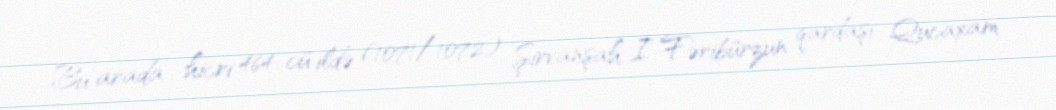
Bu arada - hicri 464-cü ildə (1071/1072) Şirvanşah I Fəribürzun qardaşı Qucaxam